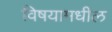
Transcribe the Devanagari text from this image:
विषयामधील